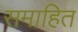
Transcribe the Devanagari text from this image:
समाहित